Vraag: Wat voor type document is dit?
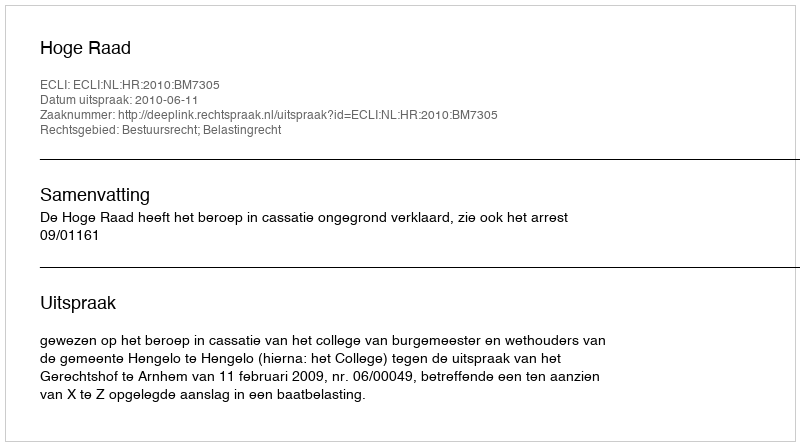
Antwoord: Uitspraak